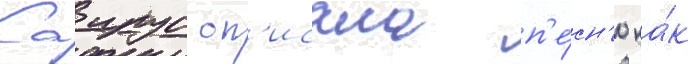
Саирус оп'исала п'е́сн'ю ка́к